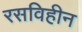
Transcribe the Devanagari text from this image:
रसविहीन